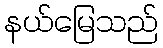
နယ်မြေသည်